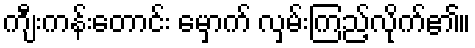
ကျီးကန်းတောင်း မှောက် လှမ်းကြည့်လိုက်၏။